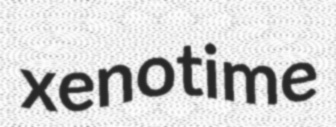
xenotime